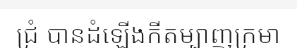
ជ្រំ បានដំឡើងកីតម្បាញក្រមា